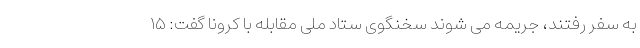
به سفر رفتند، جریمه می شوند سخنگوی ستاد ملی مقابله با کرونا گفت: ۱۵